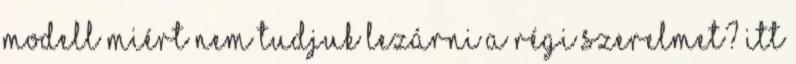
modell Miért nem tudjuk lezárni a régi szerelmet? Itt